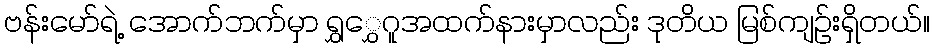
ဗန်းမော်ရဲ့ အောက်ဘက်မှာ ရွှွှေဂူအထက်နားမှာလည်း ဒုတိယ မြစ်ကျဉ်းရှိတယ်။